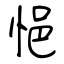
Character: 悒